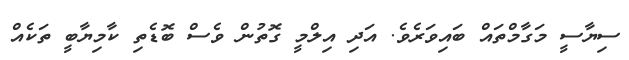
ސިޔާސީ މަގާމްތައް ބައިވަރެވެ. އަދި އިލްމީ ގޮތުން ވެސް ބޮޑެތި ކާމިޔާބީ ތަކެއް